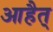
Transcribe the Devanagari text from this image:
आहैत्